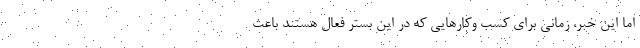
اما این خبر، زمانی برای کسب وکارهایی که در این بستر فعال هستند باعث